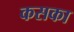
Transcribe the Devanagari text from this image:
कसका